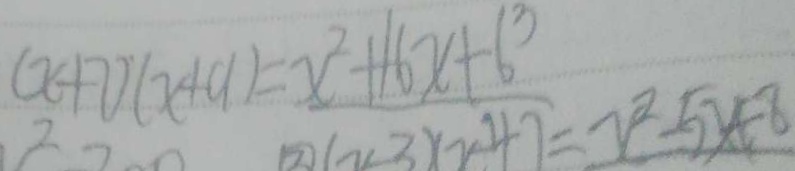
( x + 7 ) ( x + 9 ) = x ^ { 2 } + 1 6 x + 6 ^ { 3 }